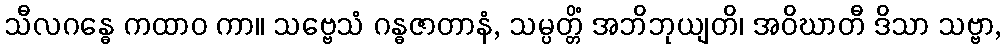
သီလဂန္ဓေ ကထာဝ ကာ။ သဗ္ဗေသံ ဂန္ဓဇာတာနံ, သမ္ပတ္တိံ အဘိဘုယျတိ၊ အဝိဃာတီ ဒိသာ သဗ္ဗာ,